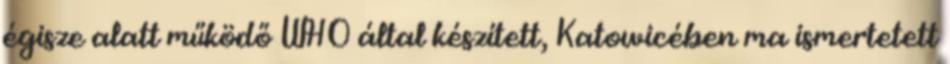
égisze alatt működő WHO által készített, Katowicében ma ismertetett